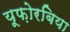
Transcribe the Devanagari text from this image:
यूफ़ोरबिया